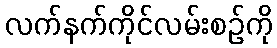
လက်နက်ကိုင်လမ်းစဉ်ကို